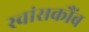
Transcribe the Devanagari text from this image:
स्वांसकौंब